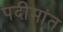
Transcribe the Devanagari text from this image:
पदीमांत